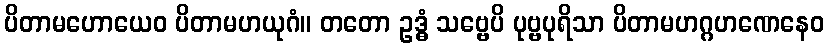
ပိတာမဟောယေဝ ပိတာမဟယုဂံ။ တတော ဥဒ္ဓံ သဗ္ဗေပိ ပုဗ္ဗပုရိသာ ပိတာမဟဂ္ဂဟဏေနေဝ